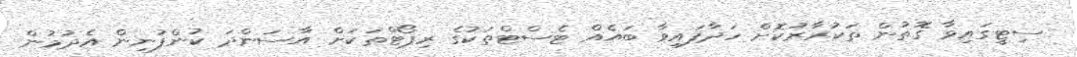
ސިޓީގައިވާ ގޮތުން ތަކުރާރުކޮށް ހަދާފައިވާ ބައެއް ޓެސްޓްތަކުގެ ރިޕޯޓްތަކަށް އާސަންދަ ކުންފުނިން އެދުމުން